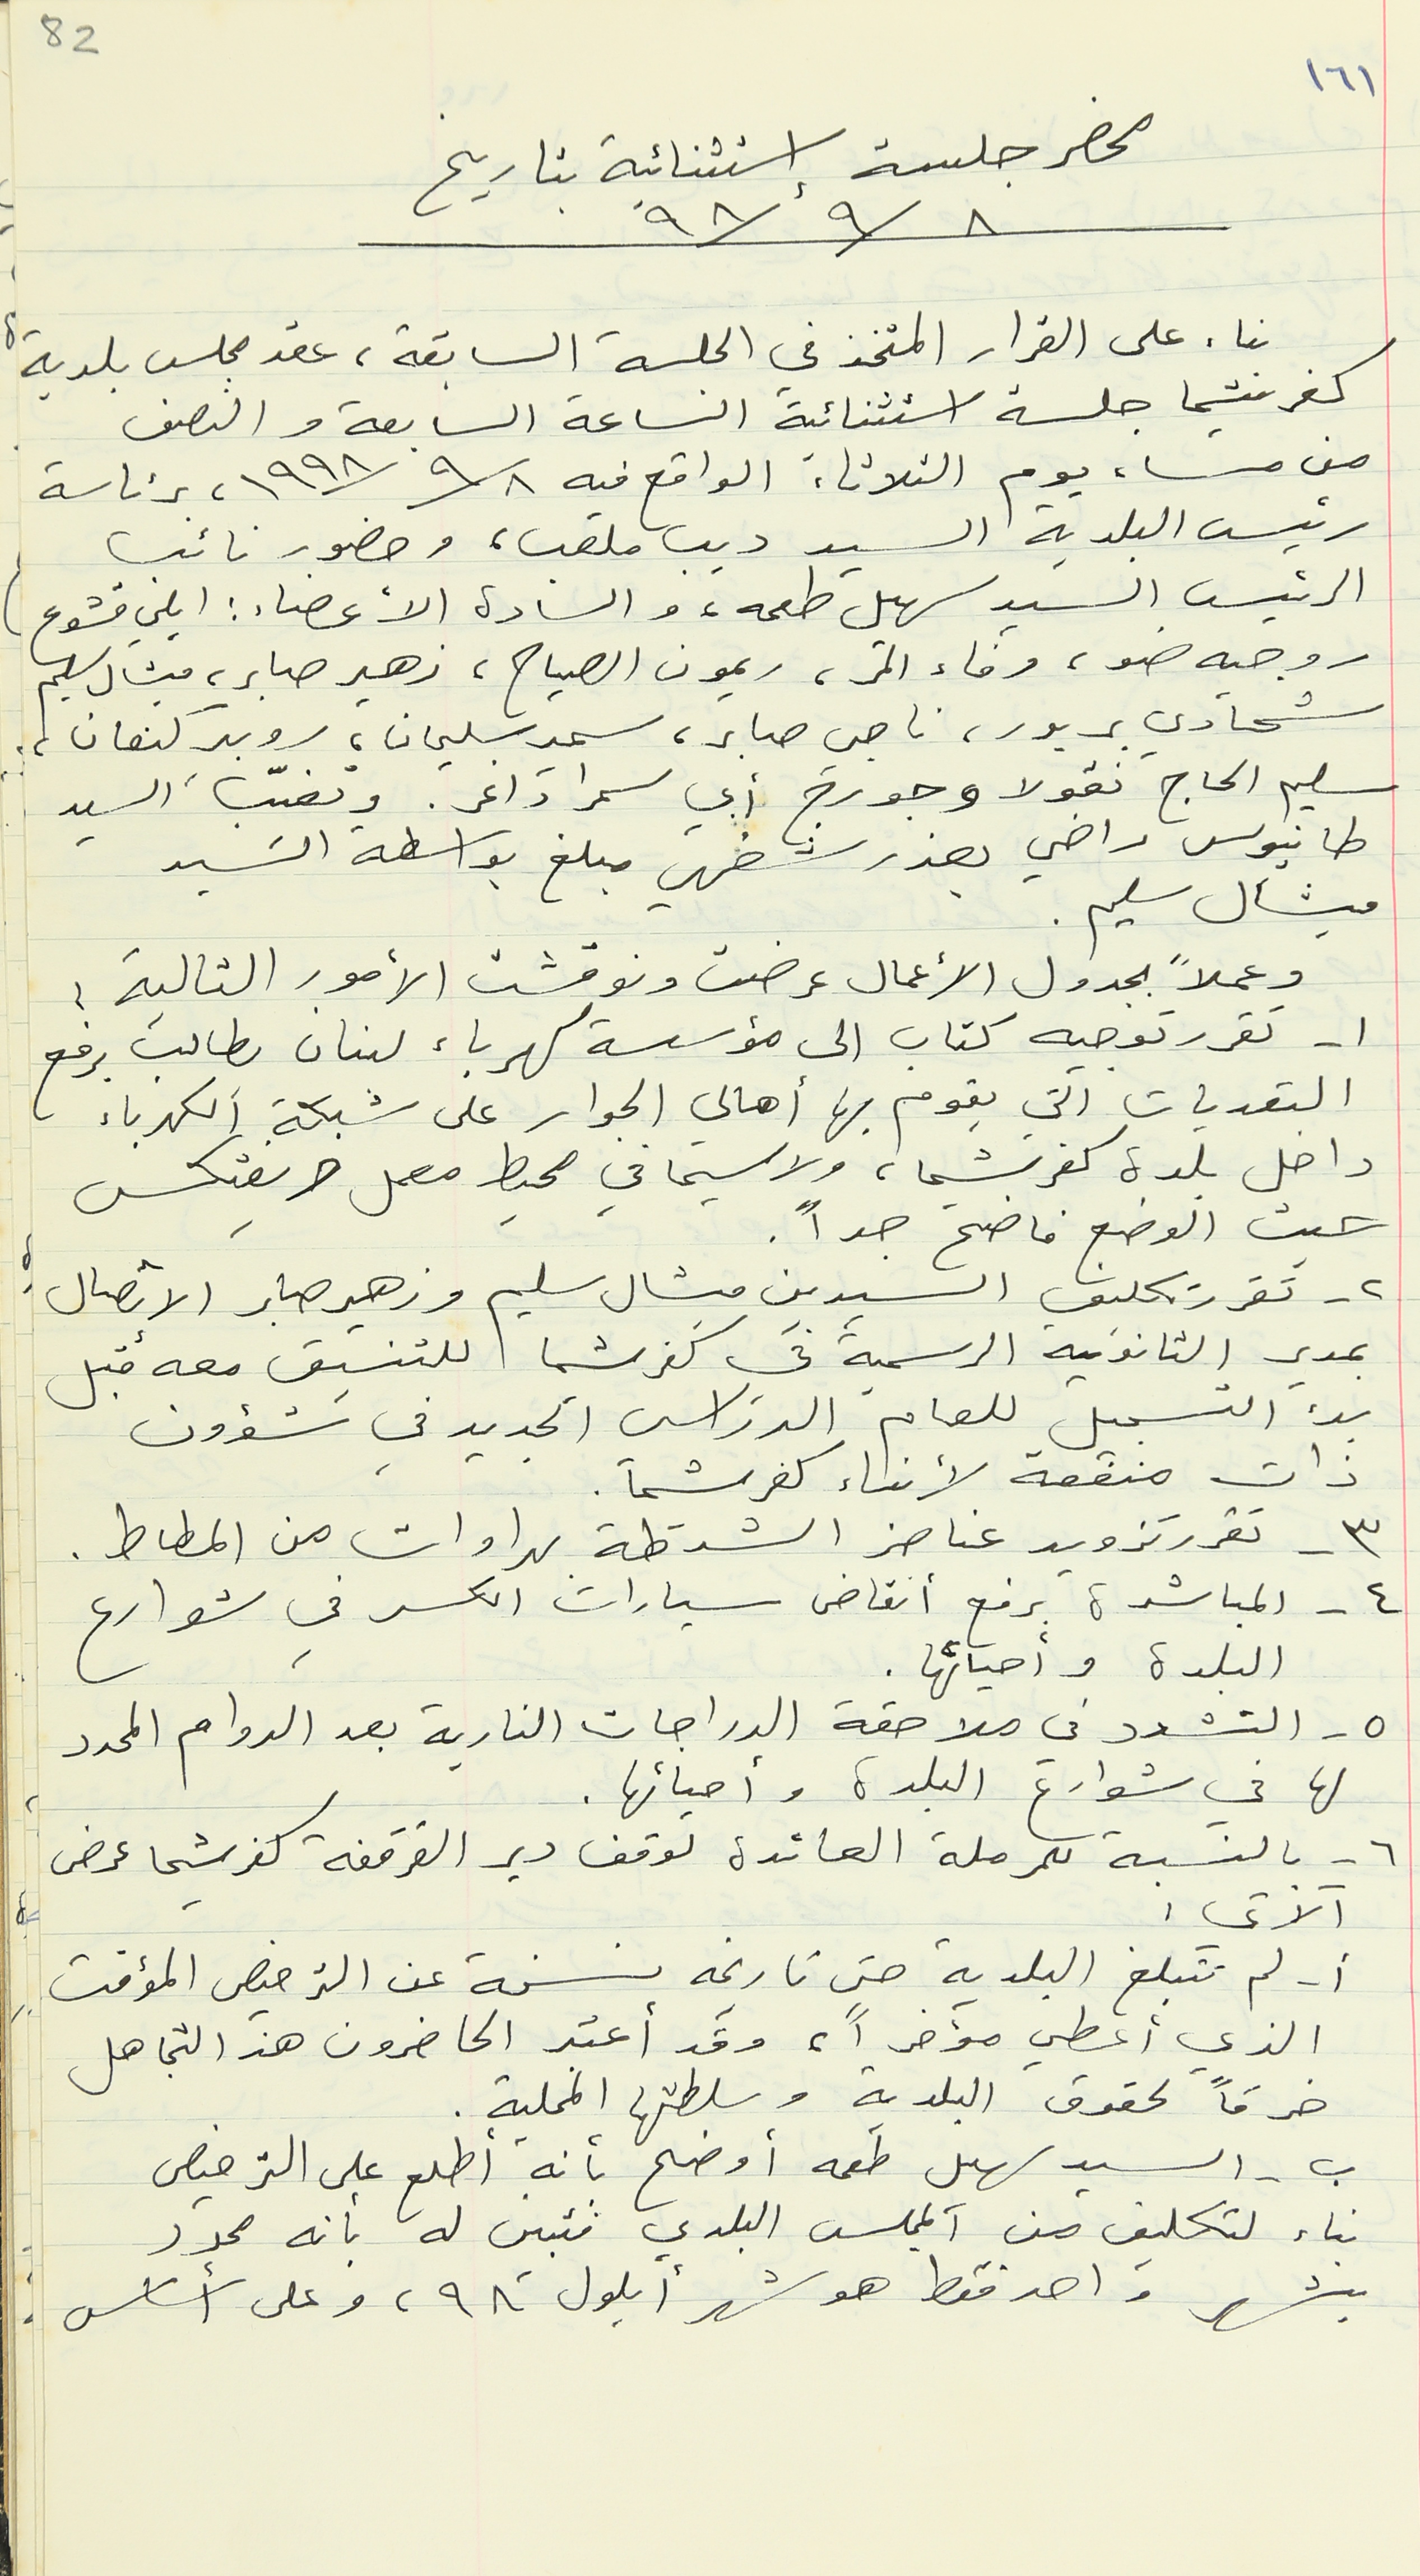
محضر جلسة استثنائية بتاريخ
٩٨/٩/٨
بناء على القرار المتخذ في الجلسة السابقة، عقد مجلس بلدية
كفرشيما جلسة استثنائية الساعة السابعة والنصف
من مساء يوم الثلاثاء الواقع فيه ١٩٩٨/٩/٨, برئاسة
رئيس البلدية السيد ديب ملعب، وحضور نائب
الرئيس السيد سهيل طعمه، والسادة الأعضاء : ايلي قشوع
روجيه ضو، وفاء المر، ريمون الصياح، زهير صابر، ميشال سليم
شحادي بربور، ناجي صابر، سمير سليمان، روبير كنعان،
طانيوس راضي بعذر شفهي مبلغ بواسطة السَيد
ميشال سليم.
وعملاً بجدول الأعمال عرضت ونوقشت الأمور التالية :
١ - تقرر توجيه كتاب الى مؤسسة كهرباء لبنان يطالب برفع
التعديات التي يقوم بها أهالي الجوار على شبكة الكهرباء
داخل بلدة كفرشيما، ولا سيما في محط معمل حريفتكس
حيث الوضع فاضح جداً.
٢ - تقرر تكليف السيدين ميشال سليم وزهير صابر الإتصال
بمدير الثانوية الرسمية في كفرشيما للتنسيق معه قبل
بدء التسجيل للعام الدراسي الجديد في شؤون
ذات منفعة لأبناء كفرشيما.
٣ - تقرر تزويد عناصر الشرطة بهراوات من المطاط.
٤ - المباشرة برفع أنقاض سيارات الكسر في شوارع
البلدة وأحيائها.
٥ - التشدد في ملاحقة الدراجات النارية بعد الدوام المحدد
لها في شوارع البلدة واحيائها.
٦ - بالنسبة للمرملة العائدة لوقف دير القرقفة كفرشيما عرض
الآتي :

الذي أعطي مؤخراً، وقد أعتبر الحاضرون هذ التجاهل
خرقاً لحقوق البلدية وسلطتها المحلية.
ب - السيد سهيل طعمه أوضح بأنه أطلع على الترخيص
بناء لتكليف من المجلس البلدي فتبين له بأنه محدّد
بشهر واحد فقط هو شهر ايلول ٩٨، وعلى أساس
82
١٦١
سليم الحاج نقولا وجورج أبي سمرا داغر. وتغيّب السيد
أ - لم تتبلغ البلدية حتى تاريخه نسخة عن الترخيص المؤقت